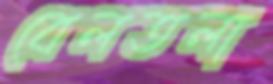
বেলতলা